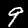
Label: 9